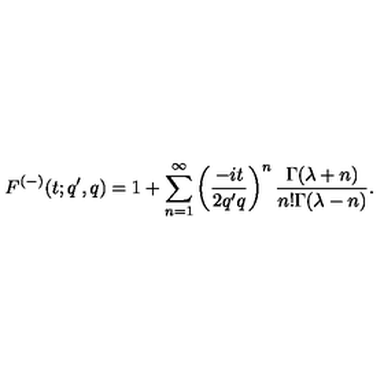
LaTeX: F ^ { ( - ) } ( t ; q ^ { \prime } , q ) = 1 + \sum _ { n = 1 } ^ { \infty } \left( \frac { - i t } { 2 q ^ { \prime } q } \right) ^ { n } \frac { \Gamma ( \lambda + n ) } { n ! \Gamma ( \lambda - n ) } .